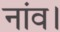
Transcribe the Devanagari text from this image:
नांव।